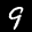
Label: 9